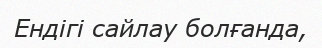
Ендігі сайлау болғанда,